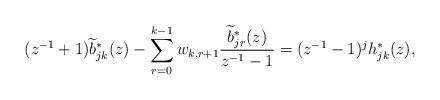
LaTeX: \begin{align*} (z^{-1} + 1 ) \widetilde b_{jk}^* (z) - \sum_{r=0}^{k-1} w_{k,r+1} \frac{\widetilde b_{jr}^* (z)}{z^{-1} - 1} =(z^{-1} - 1 )^j h_{jk}^* (z), \end{align*}